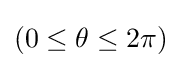
(0\leq \theta \leq 2\pi )